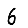
Digit: 6